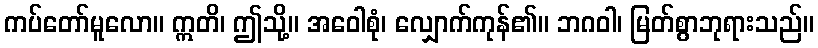
ကပ်တော်မူလော။ ဣတိ၊ ဤသို့။ အဝေါစုံ၊ လျှောက်ကုန်၏။ ဘဂဝါ၊ မြတ်စွာဘုရားသည်။